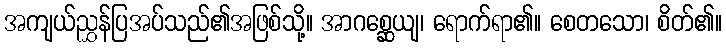
အကျယ်ညွှန်ပြအပ်သည်၏အဖြစ်သို့။ အာဂစ္ဆေယျ၊ ရောက်ရာ၏။ စေတသော၊ စိတ်၏။